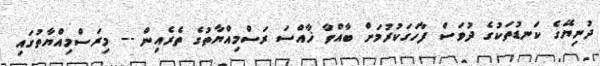
ދުނިޔޭގެ ކަނޑުތަކުގެ ދުވަސް ފާހަގަކުރުމަށް ބާއްވާ ޚާއްސަ ރަސްމިއްޔާތުގެ ތެރެއިން -- މިރަސްމިއްޔާތުގައި